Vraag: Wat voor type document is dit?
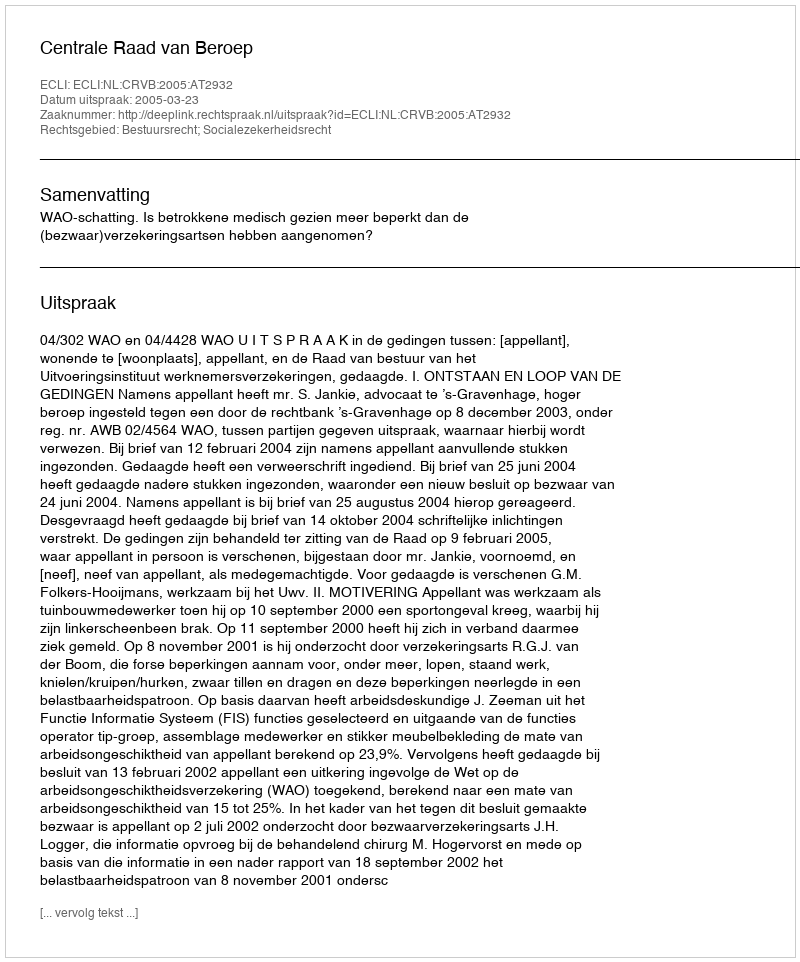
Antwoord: Uitspraak